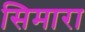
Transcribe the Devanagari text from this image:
सिमारा